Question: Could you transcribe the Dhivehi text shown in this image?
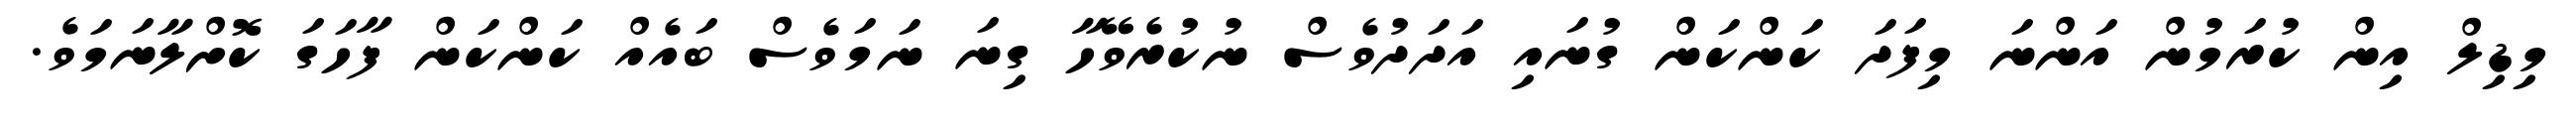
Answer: މިޑިލް އިން ކުރަމުން އަންނަ މިފަދަ ކަންކަން ގުނައި އަދަދުވެސް ނުކުރެވޭހާ ގިނަ ނަމަވެސް ބައެއް ކަންކަން ފާހަގަ ކޮށްލާނަމަވެ.